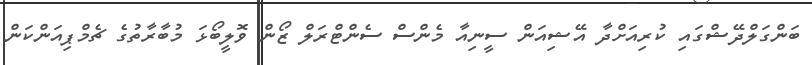
ބަންގަލްދޭޝްގައި ކުރިއަށްދާ އޭޝިއަން ސީނިއާ މެންސް ސެންޓްރަލް ޒޯން ވޮލީބޯޅަ މުބާރާތުގެ ޗެމްޕިއަންކަން